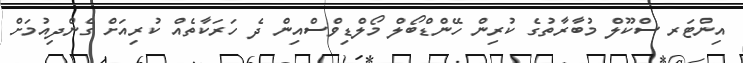
އިންޓަރ ސްކޫލް މުބާރާތުގެ ކުރިން ހޭންޑްބޯލް މޯލްޑިވްސްއިން ދެ ހަރަކާތެއް ކުރިއަށް ގެންދިއުމަށް